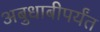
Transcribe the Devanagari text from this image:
अबुधाबीपर्यंत